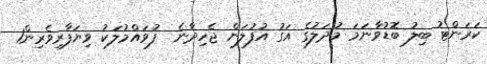
ކަރަންޓު ބިލު ބޮޑުވާނަމަ މުދަލުގެ އަގު އުފުލަން ޖެހިދާނެ  ފުވައްމުލަކު ވިޔަފާރިވެރިން1